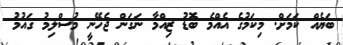
ބަޔެއް ކަމަށް. މިކަމުގެ އެއްމެ ބޮޑު ޒިއްމާ ނަގަން ޖެހޭނީ މުސްލިމު ގައުމު